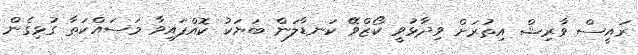
ރައީސް ވާރިޝް އިތުރަށް ވިދާޅުވީ ކޯޒްވޭ ކަނޑާލަން ބަޔަކު ކޮއްފައިވާ މަސައްކަތާ ގުޅިގެން